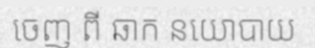
ចេញ ពី ឆាក នយោបាយ